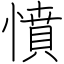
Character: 憤